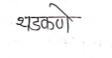
मजकूर: थडकणे